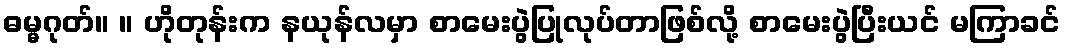
ဓမ္မဂုတ်။ ။ ဟိုတုန်းက နယုန်လမှာ စာမေးပွဲပြုလုပ်တာဖြစ်လို့ စာမေးပွဲပြီးယင် မကြာခင်